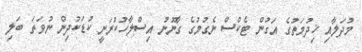
މުދަލާއި ޚިދުމަތުގެ އަގުން ޓެކްސް ނެގުމުގެ ގާނޫނު އިސްލާހުކުރަނީ ކުޑަކުދިން ނުވަތަ ބަލި